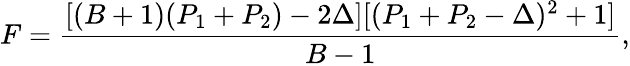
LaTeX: F=\frac{[(B+1)(P_{1}+P_{2})-2\Delta][(P_{1}+P_{2}-\Delta)^{2}+1]}{B-1},